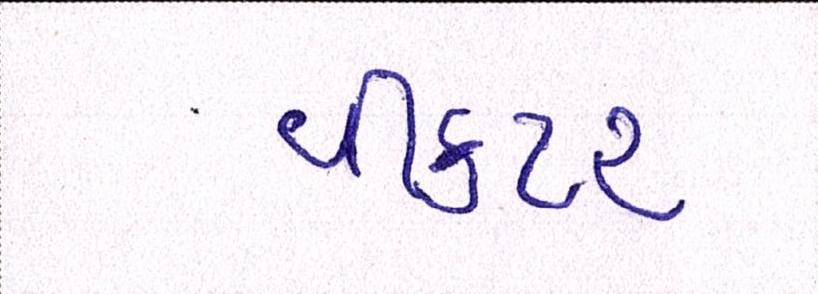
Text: વીકટર